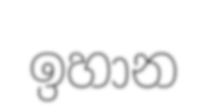
ඉහාන